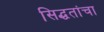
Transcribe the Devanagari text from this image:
सिद्धतांचा